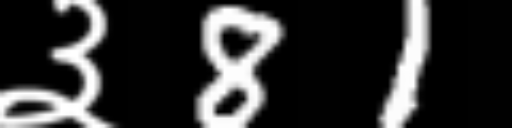
Text: ३81